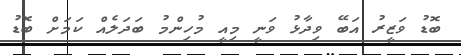
ބޮޑު ވަޒީރު އަބޭ ވިދާޅު ވަނީ މިއީ މުހިންމު ބަދަލެއް ކަމަށް ބޮޑު